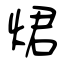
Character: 𤉙